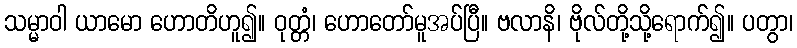
သမ္မာဝါ ယာမော ဟောတိဟူ၍။ ဝုတ္တံ၊ ဟောတော်မူအပ်ပြီ။ ဗလာနိ၊ ဗိုလ်တို့သို့ရောက်၍။ ပတွာ၊